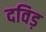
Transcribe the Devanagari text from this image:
दविड़